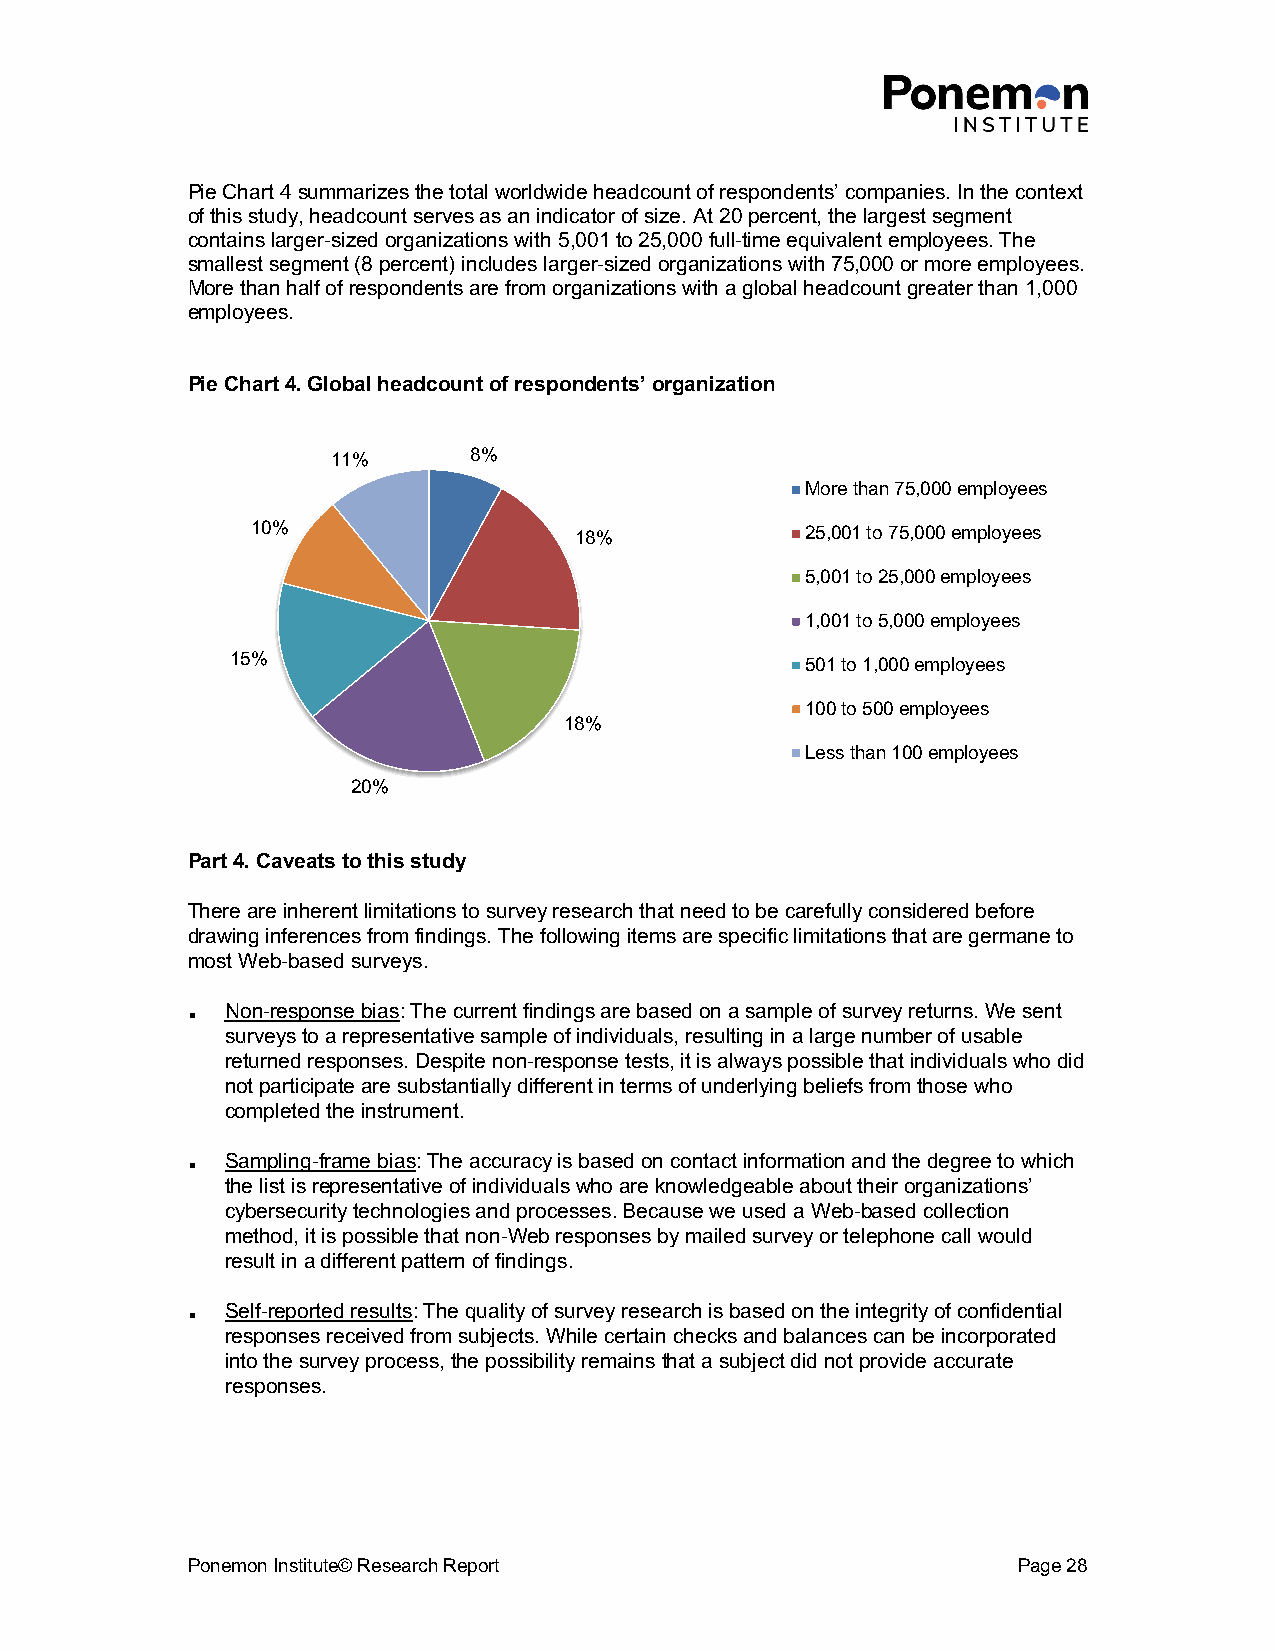
Pie Chart 4 summarizes the total worldwide headcount of respondents’ companies. In the context
 of this study, headcount serves as an indicator of size. At 20 percent, the largest segment
 contains larger-sized organizations with 5,001 to 25,000 full-time equivalent employees. The
 smallest segment (8 percent) includes larger-sized organizations with 75,000 or more employees.
 More than half of respondents are from organizations with a global headcount greater than 1,000
 employees.
 Pie Chart 4. Global headcount of respondents’ organization
 11%      8%
 More than 75,000 employees
 10%                  18%            25,001 to 75,000 employees
 5,001 to 25,000 employees
 1,001 to 5,000 employees
 15%                                   501 to 1,000 employees
 100 to 500 employees
 18%
 Less than 100 employees
 20%
 Part 4. Caveats to this study
 There are inherent limitations to survey research that need to be carefully considered before
 drawing inferences from findings. The following items are specific limitations that are germane to
 most Web-based surveys.
 Non-response bias: The current findings are based on a sample of survey returns. We sent
 <
 surveys to a representative sample of individuals, resulting in a large number of usable
 returned responses. Despite non-response tests, it is always possible that individuals who did
 not participate are substantially different in terms of underlying beliefs from those who
 completed the instrument.
 Sampling-frame bias: The accuracy is based on contact information and the degree to which
 <
 the list is representative of individuals who are knowledgeable about their organizations’
 cybersecurity technologies and processes. Because we used a Web-based collection
 method, it is possible that non-Web responses by mailed survey or telephone call would
 result in a different pattern of findings.
 Self-reported results: The quality of survey research is based on the integrity of confidential
 <
 responses received from subjects. While certain checks and balances can be incorporated
 into the survey process, the possibility remains that a subject did not provide accurate
 responses.
 Ponemon Institute© Research Report                     Page 28